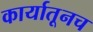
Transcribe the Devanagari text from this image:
कार्यातूनच